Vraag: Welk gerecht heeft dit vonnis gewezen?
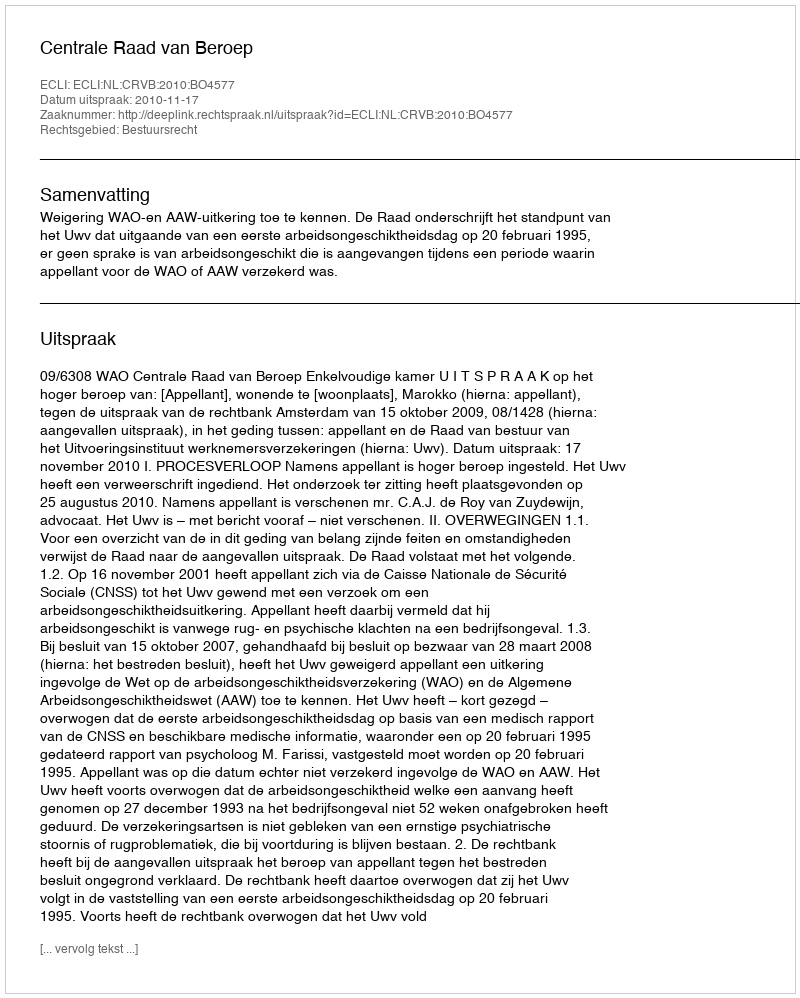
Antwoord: Centrale Raad van Beroep